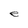
Character: e